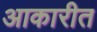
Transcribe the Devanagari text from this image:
आकारीत